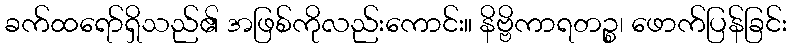
ခက်ထရော်ရှိသည်၏ အဖြစ်ကိုလည်းကောင်း။ နိဗ္ဗိကာရတဉ္စ၊ ဖောက်ပြန်ခြင်း